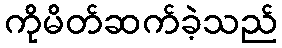
ကိုမိတ်ဆက်ခဲ့သည်